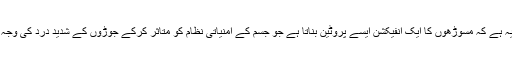
اس کی وجہ یہ ہے کہ مسوڑھوں کا ایک انفیکشن ایسے پروٹین بناتا ہے جو جسم کے امنیاتی نظام کو متاثر کرکے جوڑوں کے شدید درد کی وجہ بن سکتا ہے۔